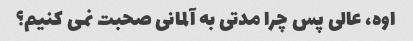
اوه، عالی پس چرا مدتی به آلمانی صحبت نمی کنیم؟